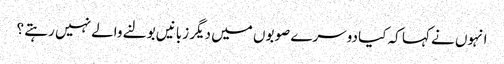
انہوں نے کہا کہ کیا دوسرے صوبوں میں دیگر زبانیں بولنے والے نہیں رہتے ؟